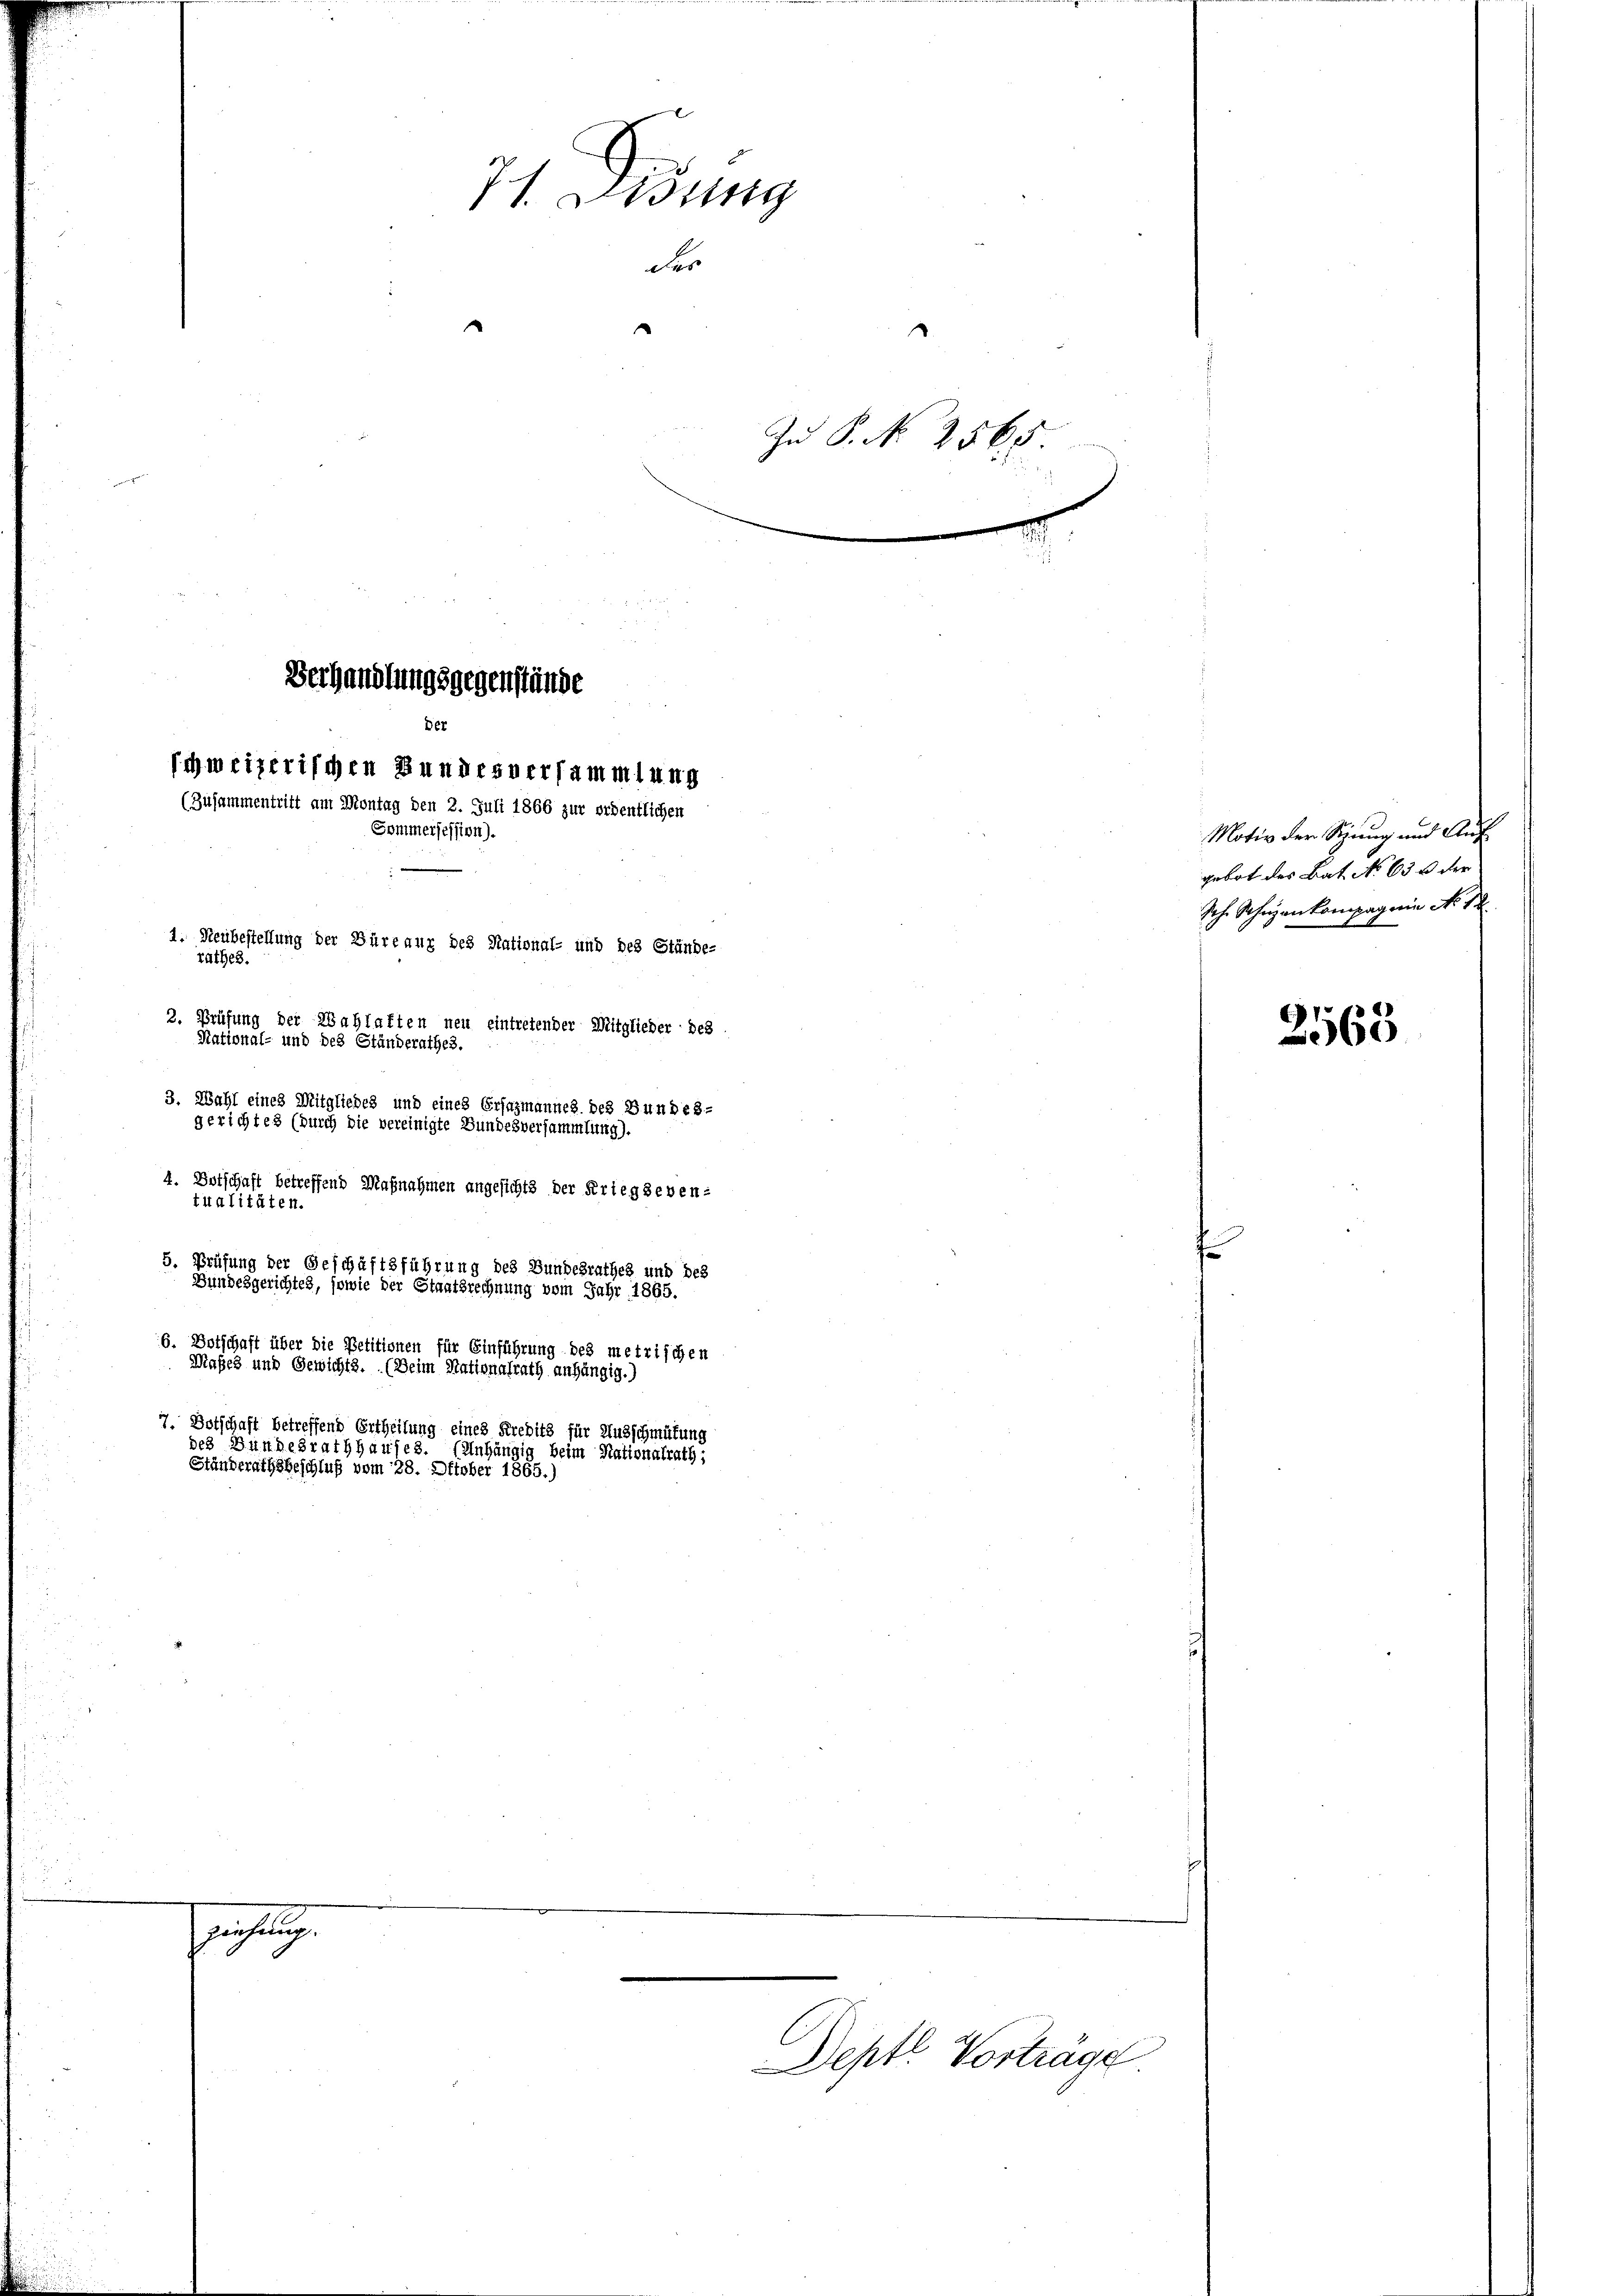
Wig
der
Zu P. No 2565
Verhandlungsgegenstände
Der
schweizerischen Bundesversammlung
(Zusammentritt am Montag den 2. Juli 1866 zur ordentlichen
Sommersession).
d
1. Neubestellung der Büreaux des National- und des Stände-
rathes.
2. Prüfung der Wahlaften neu eintretender Mitglieder des
National- und des Ständerathes
3. Wahl eines Mitgliedes und eines Ersuzmannes. des Bundes-
gerichtes (durch die vereinigte Bundesversammlung).
4. Botschaft betreffend Maßnahmen angesichts der Kriegseventualitäten.

5. Prüfung der Geschäftsführung des Bundesrathes und des
Bundesgerichtes, sowie der Staatsrechnung vom Jahr 1865.
6. Botschaft über die Petitionen für Einführung des metrischen
Maßes und Gewichts. (Deim Nationalrath anhängig.)
. Dotschaft betreffend Ertheilung eines Kredits für Ausschmütung
des Bundesrathhauses. (Anhängig beim Stationalrath,
Ständerathsbeschluß vom 28. Oktober 1865.)

Richtung.

Deptl Vorträge

Motiv der Spung und Aufgebot des Bat No 63 u. der
Sch. Scheizenkompagnie No 12
60

s